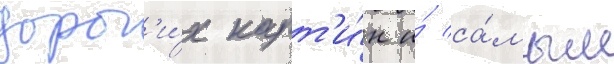
дорог'и́х карт'и́н и́ са́мым